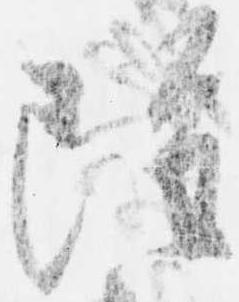
雖